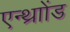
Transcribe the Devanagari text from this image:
एन्थ्राोंड